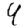
Digit: 4